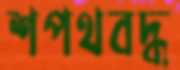
শপথবদ্ধ